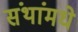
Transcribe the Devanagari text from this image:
संथांमधे